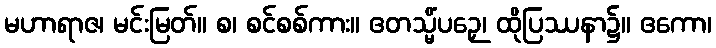
မဟာရာဇ၊ မင်းမြတ်။ စ၊ စင်စစ်ကား။ ဧတသ္မိံပဉှေ၊ ထိုပြဿနာ၌။ ဧကော၊